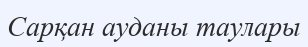
Сарқан ауданы таулары